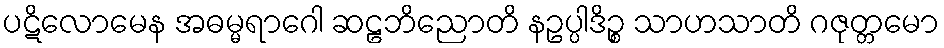
ပဋိလောမေန အဓမ္မရာဂေါ ဆဠဘိညောတိ နဥပ္ပါဒိဉ္စ သာဟသာတိ ဂဇုတ္တမော